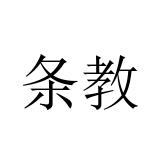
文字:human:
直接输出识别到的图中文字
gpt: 条教